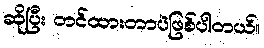
ဆိုပြီး တင်ထားတာပဲဖြစ်ပါတယ်။